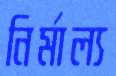
নির্মাল্য